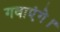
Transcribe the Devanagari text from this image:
गवाएंगे।